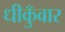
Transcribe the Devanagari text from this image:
धीकुँवार